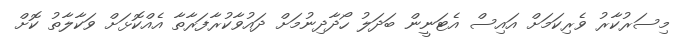
މިސަރުކާރު ވެރިކަމަށް އައިސް އެޓަނީން ބަދަލު ހޯދާދިނުމަށް ދައުވާކުރާފަރާތާ އެއްކޮޅަށް ވަކާލާތު ކޮށް